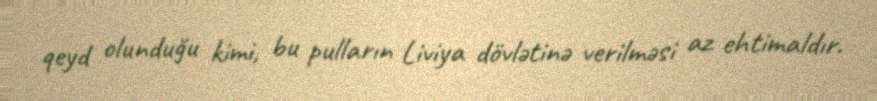
qeyd olunduğu kimi, bu pulların Liviya dövlətinə verilməsi az ehtimaldır.